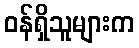
ဝန်ရှိသူများက